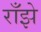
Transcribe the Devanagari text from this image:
राँझे